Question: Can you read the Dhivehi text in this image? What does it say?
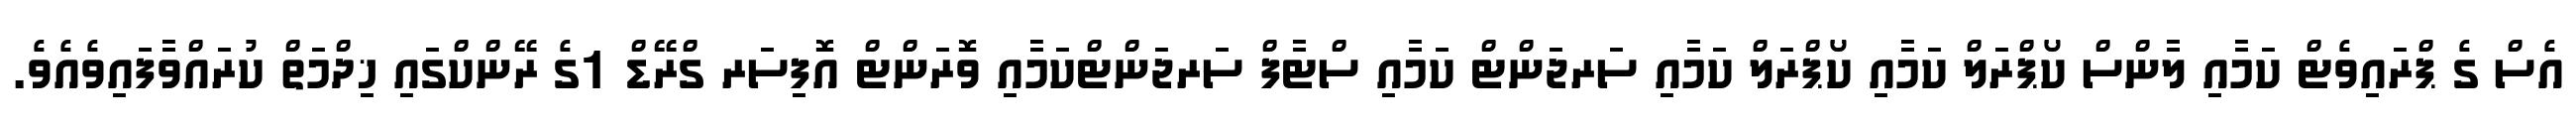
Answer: އެސް ގެ ޕްރައިވެޓް ކަމާއި ލާންސް ކޯޕްރަލް ކަމާއި ކޯޕްރަލް ކަމާއި ސަރޖަންޓް ކަމާއި ސްޓާފް ސަރޖަންޓްކަމާއި ވޮރަންޓް އޮފިސަރ ގްރޭޑް 1ގެ ރޭންކްގައި ޚިދްމަތް ކުރައްވާފައިވެއެވެ.